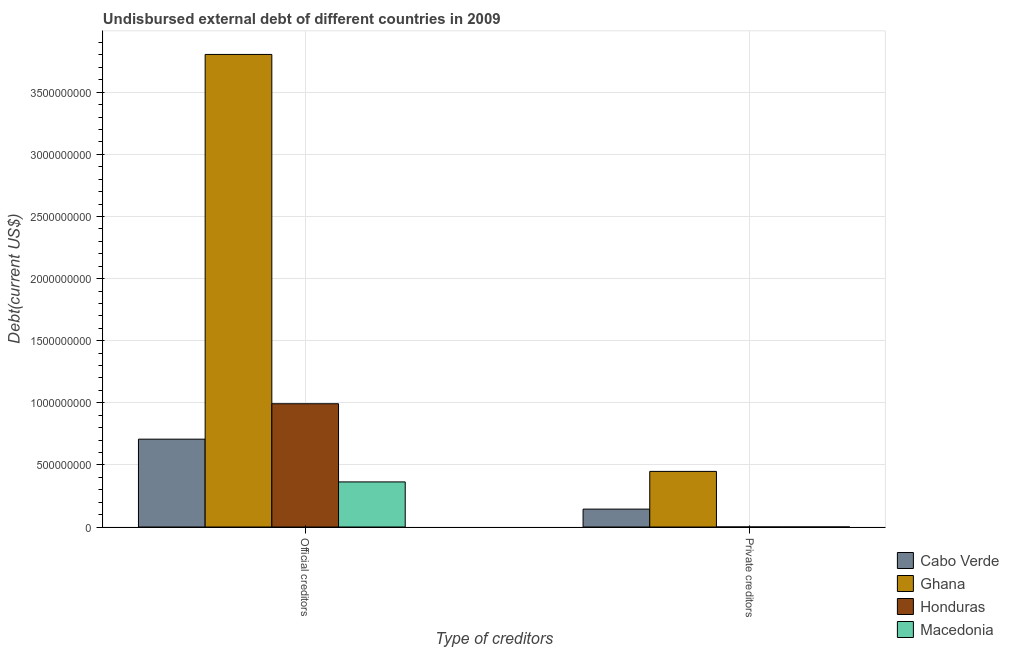
| Type of creditors | Cabo Verde | Ghana | Honduras | Macedonia |
 | --- | --- | --- | --- | --- |
 | Official creditors | 7.07e+08 | 3.8e+09 | 9.92e+08 | 3.63e+08 |
 | Private creditors | 1.44e+08 | 4.48e+08 | 1.32e+05 | 9.9e+04 |